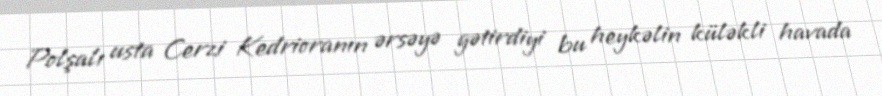
Polşalı usta Cerzi Kedrioranın ərsəyə gətirdiyi bu heykəlin küləkli havada